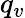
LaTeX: q_{v}